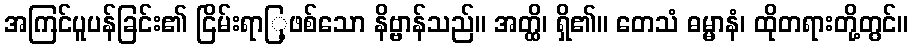
အကြင်ပူပန်ခြင်း၏ ငြိမ်းရာြ့ဖစ်သော နိဗ္ဗာန်သည်။ အတ္ထိ၊ ရှိ၏။ တေသံ ဓမ္မာနံ၊ ထိုတရားတို့တွင်။